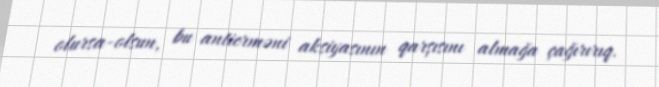
olursa-olsun, bu antierməni aksiyasının qarşısını almağa çağırırıq.